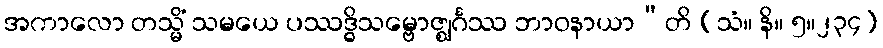
အကာလော တသ္မိံ သမယေ ပဿဒ္ဓိသမ္ဗောဇ္ဈင်္ဂဿ ဘာဝနာယာ”တိ (သံ။ နိ။ ၅။၂၃၄)